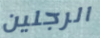
الرجلين